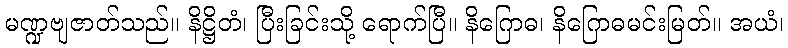
မဏ္ဍဗျဇာတ်သည်။ နိဋ္ဌိတံ၊ ပြီးခြင်းသို့ ရောက်ပြီ။ နိဂြောဓ၊ နိဂြောဓမင်းမြတ်။ အယံ၊